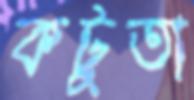
কটুতা